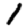
Digit: 1